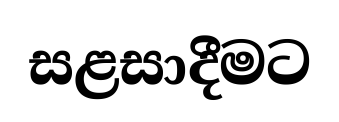
සළසාදීමට